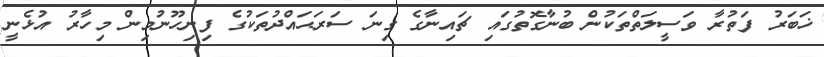
ޚަބަރު ފަތުރާ ވަސީލަތްތަކުން ބުނާގޮތުގައި ޗައިނާގެ ގިނަ ސަރަޙައްދުތަކުގެ ފިނިހޫނުމިން މިހާރު އުޅެނީ